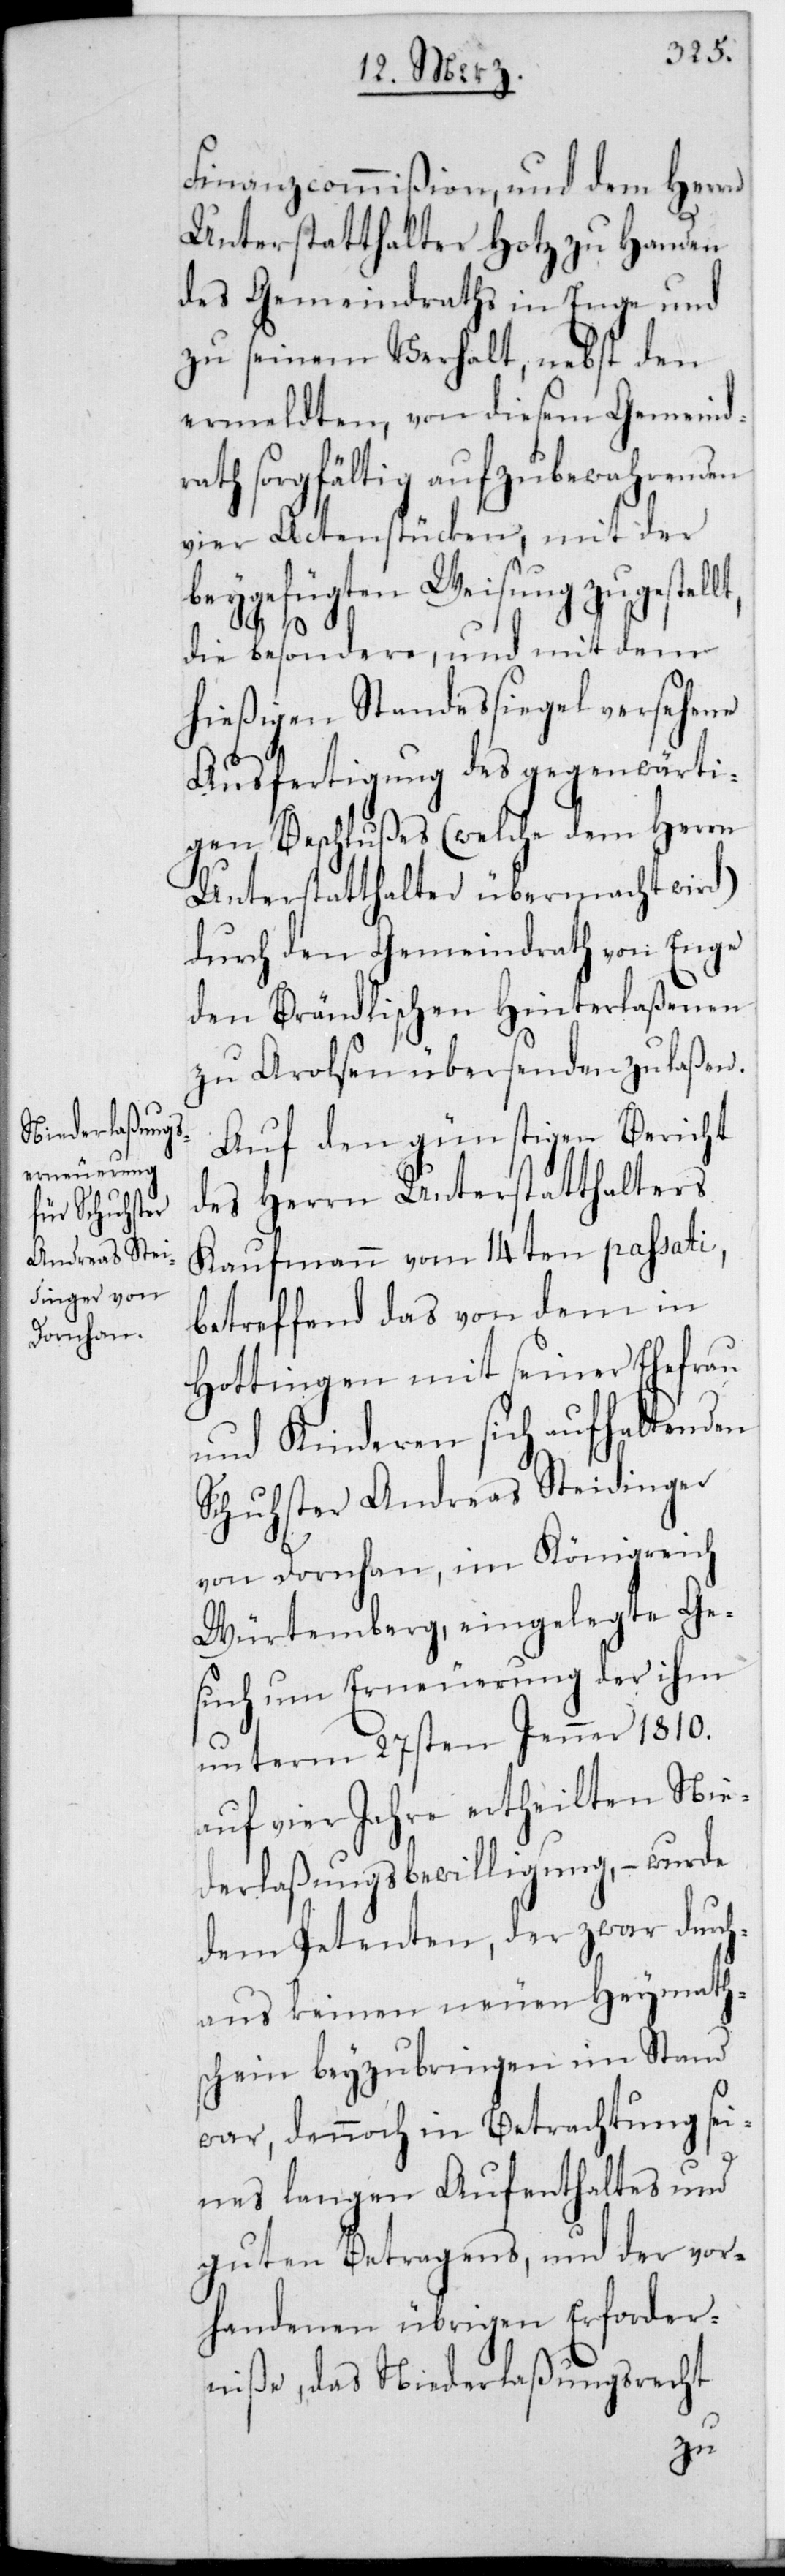
Finanzcommißion und dem Herrn
Unterstatthalter Hotz zu Handen
des Gemeindraths in Enge und
zu seinem Verhalt, nebst den
ermeldten, von diesem Gemeindr¬
ath sorgfältig aufzubewahrenden
vier Actenstücken, mit der
beygefügten Weisung zugestell¬
t,
die besondere und mit dem
hießigen Standeßiegel versehene
Ausfertigung des gegenwärti¬
gen Beschlußes (welche dem Herrn
Unterstatthalter übermacht wird)
durch den Gemeindrath von Enge
den Brändlischen Hinterlaßenen
zu Arolsen übersenden zu laßen.
Auf den günstigen Bericht
des Herrn Unterstatthalters
Kaufmann vom 14ten passati,
betreffend das von dem in
Hottingen mit seiner Ehefrau
und Kinderen sich aufhaltenden
Schuster Andreas Steidinger
von Dornhan, im Königreich
Würtemberg, eingelegte Ge¬
such um Erneuerung der ihm
unterm 27sten Jenner 1810.
auf vier Jahre ertheilten Nie¬
derlaßungs-Bewilligung, – wurde
dem Petenten, der zwar durch¬
aus keinen neuen Heymath¬
schein beyzubringen imstand
war, dennoch in Betrachtung sei¬
nes langen Aufenthaltes und
guten Betragens, und der vor¬
handenen übrigen Erforder¬
niße, das Niederlaßungsrecht